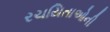
રચયિતાઓની